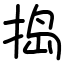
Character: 捣